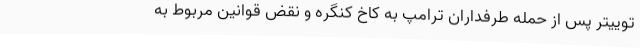
توییتر پس از حمله طرفداران ترامپ به کاخ کنگره و نقض قوانین مربوط به